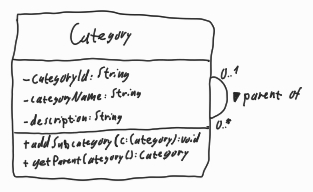
Diagram type: class_diagram
```plantuml
@startuml

class Category {
  - categoryId: String
  - categoryName: String
  - description: String
  + addSubcategory(c: Category): void
  + getParentCategory(): Category
}

Category "0..1" -- "0..*" Category : parent of >

@enduml
```